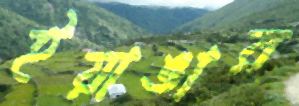
ইয়াঙার